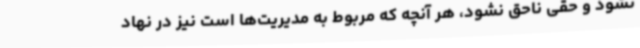
نشود و حقی ناحق نشود، هر آنچه که مربوط به مدیریت‌ها است نیز در نهاد